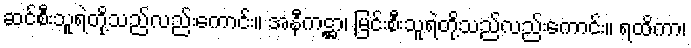
ဆင်စီးသူရဲတို့သည်လည်းကောင်း။ အနီကဋ္ဌာ၊ မြင်းစီးသူရဲတို့သည်လည်းကောင်း။ ရထိကာ၊